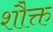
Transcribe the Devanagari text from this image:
शौक्त